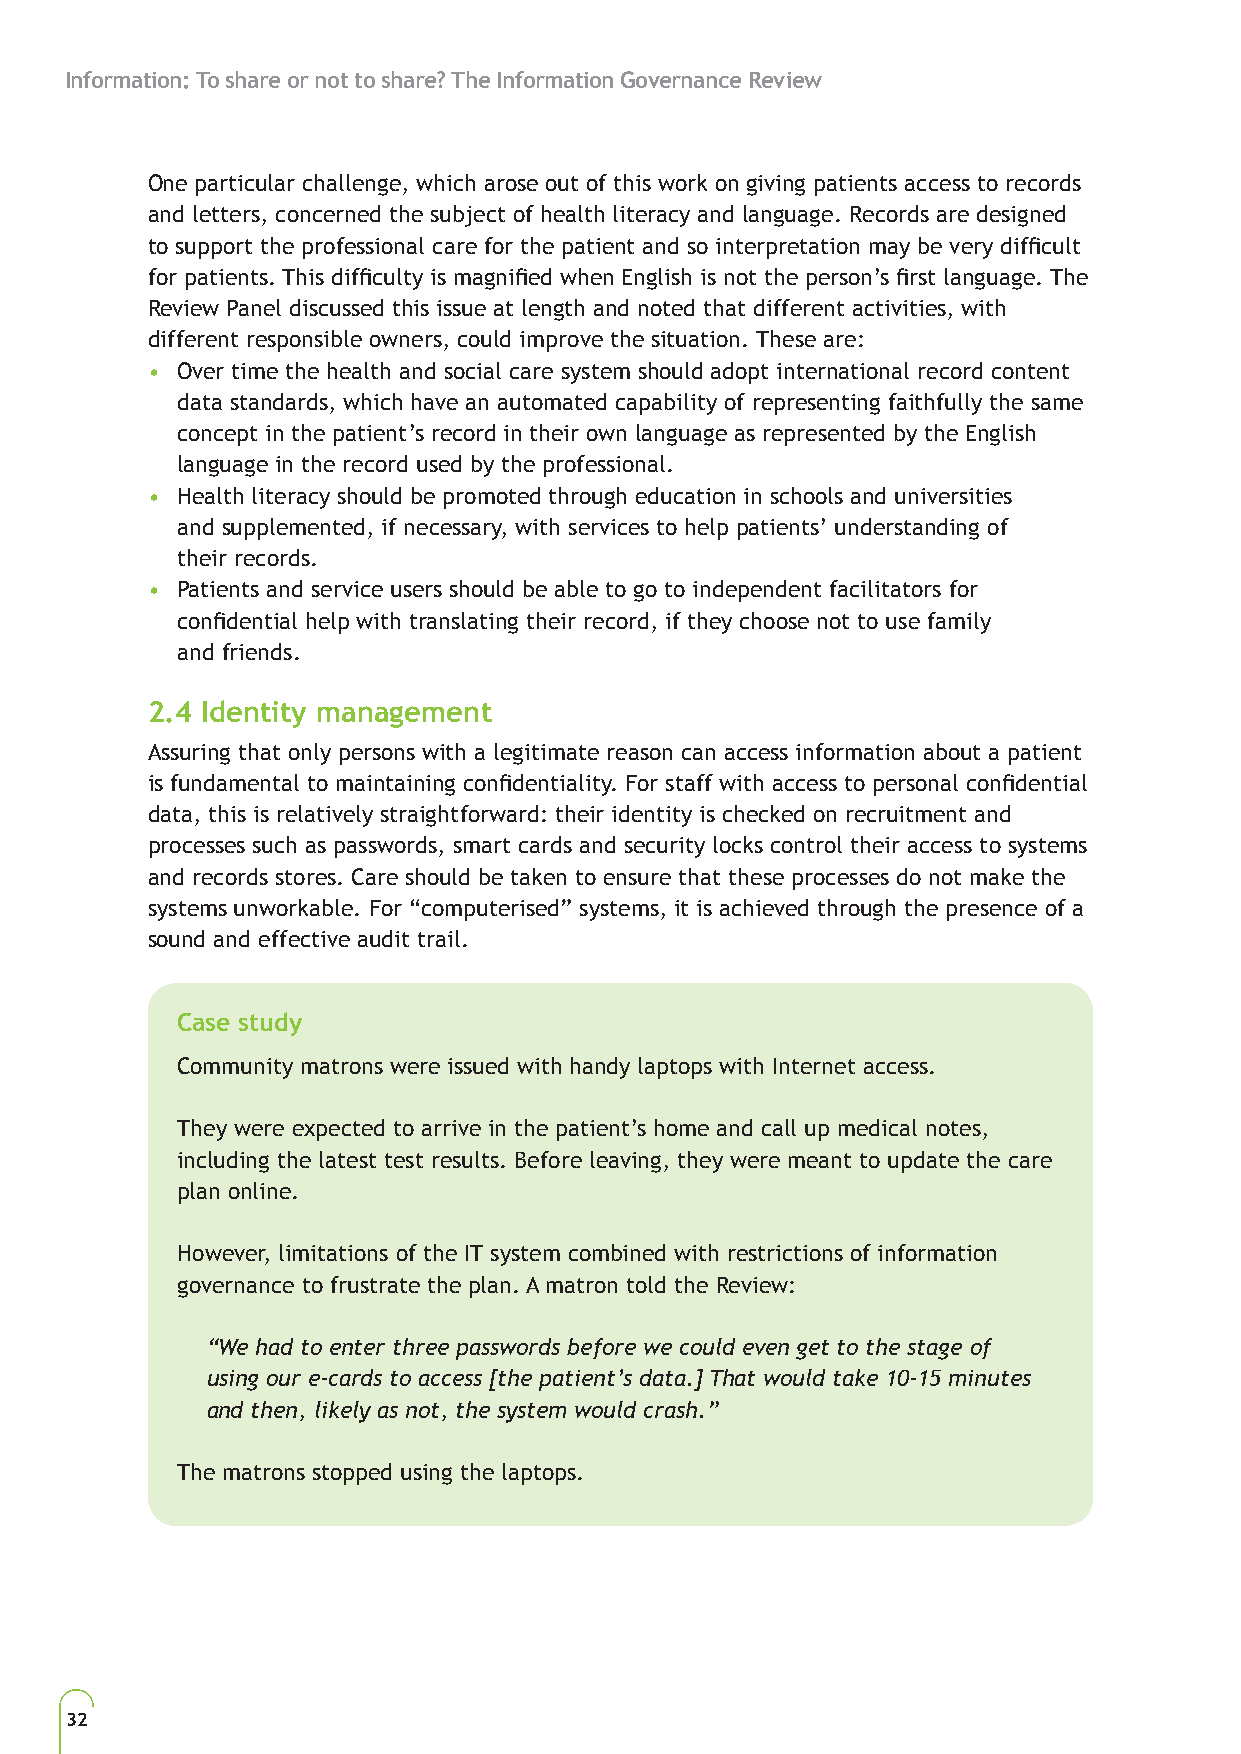
Information: To share or not to share? The Information Governance Review
 One particular challenge, which arose out of this work on giving patients access to records
 and letters, concerned the subject of health literacy and language. Records are designed
 to support the professional care for the patient and so interpretation may be very difficult
 for patients. This difficulty is magnified when English is not the person’s first language. The
 Review Panel discussed this issue at length and noted that different activities, with
 different responsible owners, could improve the situation. These are:
 • Over time the health and social care system should adopt international record content
 data standards, which have an automated capability of representing faithfully the same
 concept in the patient’s record in their own language as represented by the English
 language in the record used by the professional.
 • Health literacy should be promoted through education in schools and universities
 and supplemented, if necessary, with services to help patients’ understanding of
 their records.
 • Patients and service users should be able to go to independent facilitators for
 confidential help with translating their record, if they choose not to use family
 and friends.
 2.4 Identity management
 Assuring that only persons with a legitimate reason can access information about a patient
 is fundamental to maintaining confidentiality. For staff with access to personal confidential
 data, this is relatively straightforward: their identity is checked on recruitment and
 processes such as passwords, smart cards and security locks control their access to systems
 and records stores. Care should be taken to ensure that these processes do not make the
 systems unworkable. For “computerised” systems, it is achieved through the presence of a
 sound and effective audit trail.
 Case study
 Community matrons were issued with handy laptops with Internet access.
 They were expected to arrive in the patient’s home and call up medical notes,
 including the latest test results. Before leaving, they were meant to update the care
 plan online.
 However, limitations of the IT system combined with restrictions of information
 governance to frustrate the plan. A matron told the Review:
 “We had to enter three passwords before we could even get to the stage of
 using our e-cards to access [the patient’s data.] That would take 10-15 minutes
 and then, likely as not, the system would crash.”
 The matrons stopped using the laptops.
 32